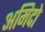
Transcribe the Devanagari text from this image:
अमिदो